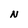
Character: N